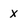
Character: X